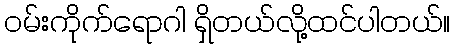
ဝမ်းကိုက်ရောဂါ ရှိတယ်လို့ထင်ပါတယ်။